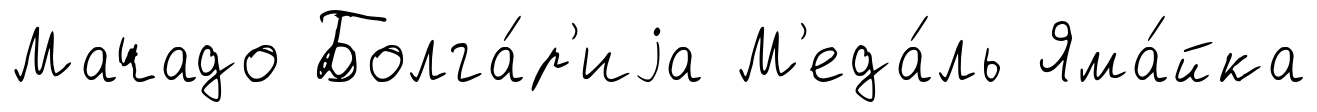
Мачадо Болга́р'иjа М'еда́ль Яма́йка